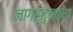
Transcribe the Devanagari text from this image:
नागर्जुनकोंडा